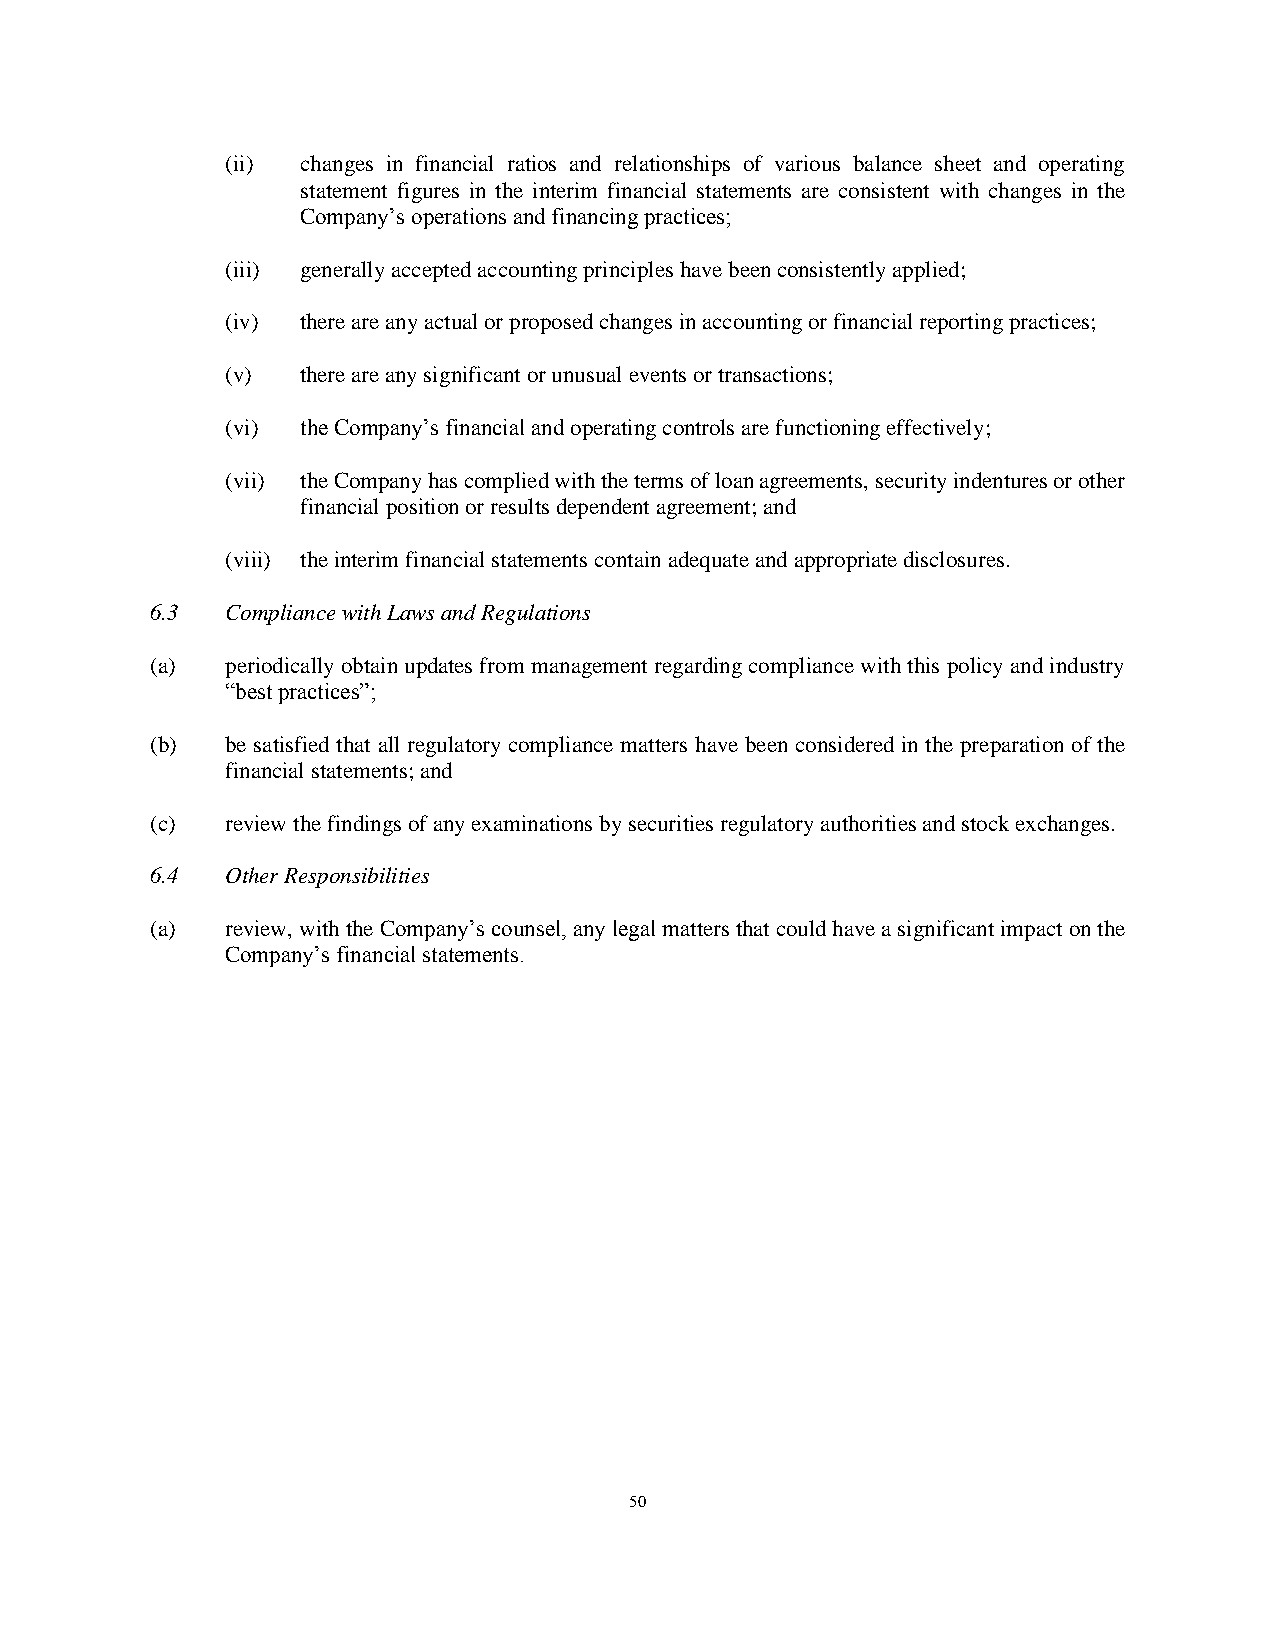
(ii) changes in financial ratios and relationships of various balance sheet and operating
 statement figures in the interim financial statements are consistent with changes in the
 Company’s operations and financing practices;
 (iii) generally accepted accounting principles have been consistently applied;
 (iv) there are any actual or proposed changes in accounting or financial reporting practices;
 (v)  there are any significant or unusual events or transactions;
 (vi) the Company’s financial and operating controls are functioning effectively;
 (vii) the Company has complied with the terms of loan agreements, security indentures or other
 financial position or results dependent agreement; and
 (viii) the interim financial statements contain adequate and appropriate disclosures.
 6.3  Compliance with Laws and Regulations
 (a)  periodically obtain updates from management regarding compliance with this policy and industry
 “best practices”;
 (b)  be satisfied that all regulatory compliance matters have been considered in the preparation of the
 financial statements; and
 (c)  review the findings of any examinations by securities regulatory authorities and stock exchanges.
 6.4  Other Responsibilities
 (a)  review, with the Company’s counsel, any legal matters that could have a significant impact on the
 Company’s financial statements.
 50